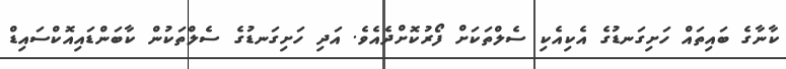
ކާނާގެ ބައިތައް ހަށިގަނޑުގެ އެކިއެކި ސެލްތަކަށް ފޯރުކޮށްދެއެވެ. އަދި ހަށިގަނޑުގެ ސެލްތަކުން ކާބަންޑައިއޮކްސައިޑް